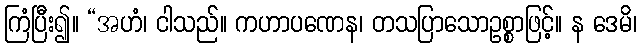
ကြံပြီး၍။ “အဟံ၊ ငါသည်။ ကဟာပဏေန၊ တသပြာသောဥစ္စာဖြင့်။ န ဒေမိ၊